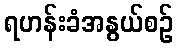
ရဟန်းခံအနွယ်စဉ်